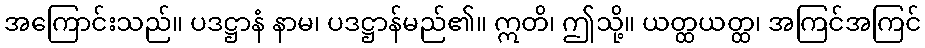
အကြောင်းသည်။ ပဒဋ္ဌာနံ နာမ၊ ပဒဋ္ဌာန်မည်၏။ ဣတိ၊ ဤသို့။ ယတ္ထယတ္ထ၊ အကြင်အကြင်